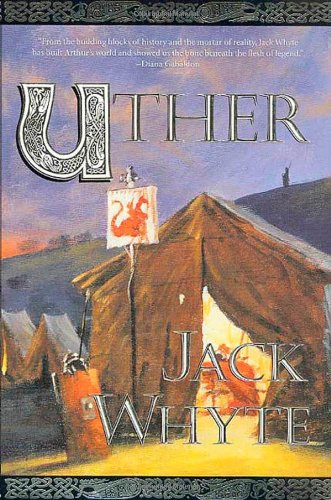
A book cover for Uther (The Camulod Chronicles, Book 7); Jack Whyte; Science Fiction & Fantasy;